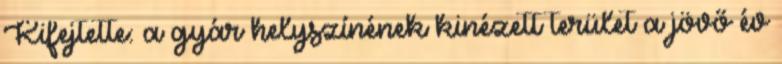
Kifejtette: a gyár helyszínének kinézett terület a jövő év